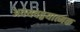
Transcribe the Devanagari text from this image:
अवयवद्वयात्मक